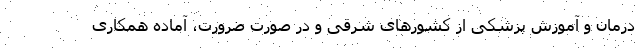
درمان و آموزش پزشکی از کشور‌های شرقی و در صورت ضرورت، آماده همکاری